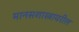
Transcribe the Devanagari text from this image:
मानसशास्‍त्रावरील